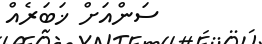
ސަންއަށް ޚަބަރެއް